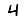
Digit: 4